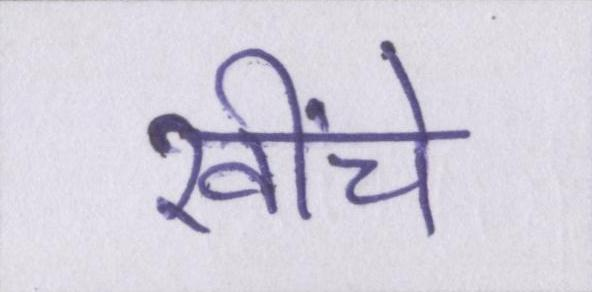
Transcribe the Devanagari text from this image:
खींचे